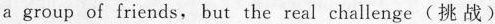
a group of friends, but the real challenge(挑战)